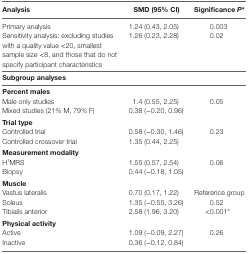
<table><thead><tr><td><b>Analysis</b></td><td><b>SMD (95% CI)</b></td><td><b>Significance <i>P</i>*</b></td></tr></thead><tbody><tr><td>Primary analysis</td><td>1.24 (0.43, 2.05)</td><td>0.003</td></tr><tr><td>Sensitivity analysis: excluding studies with a quality value &lt;20, smallest sample size &lt;8, and those that do not specify participant characteristics</td><td>1.26 (0.23, 2.28)</td><td>0.02</td></tr><tr><td colspan="3"><b>Subgroup analyses</b></td></tr><tr><td colspan="3"><b>Percent males</b></td></tr><tr><td>Male only studies</td><td>1.4 (0.55, 2.25)</td><td rowspan="2">0.05</td></tr><tr><td>Mixed studies (21% M, 79% F)</td><td>0.38 (−0.20, 0.96)</td></tr><tr><td colspan="3"><b>Trial type</b></td></tr><tr><td>Controlled trial</td><td>0.58 (−0.30, 1.46)</td><td rowspan="2">0.23</td></tr><tr><td>Controlled crossover trial</td><td>1.35 (0.44, 2.25)</td></tr><tr><td colspan="3"><b>Measurement modality</b></td></tr><tr><td>H<sup>1</sup>MRS</td><td>1.55 (0.57, 2.54)</td><td rowspan="2">0.06</td></tr><tr><td>Biopsy</td><td>0.44 (−0.18, 1.05)</td></tr><tr><td colspan="3"><b>Muscle</b></td></tr><tr><td>Vastus lateralis</td><td>0.70 (0.17, 1.22)</td><td>Reference group</td></tr><tr><td>Soleus</td><td>1.35 (−0.55, 3.26)</td><td>0.52</td></tr><tr><td>Tibialis anterior</td><td>2.58 (1.96, 3.20)</td><td>&lt;0.001*</td></tr><tr><td colspan="3"><b>Physical activity</b></td></tr><tr><td>Active</td><td>1.09 (−0.09, 2.27)</td><td rowspan="2">0.26</td></tr><tr><td>Inactive</td><td>0.36 (−0.12, 0.84)</td></tr></tbody></table>